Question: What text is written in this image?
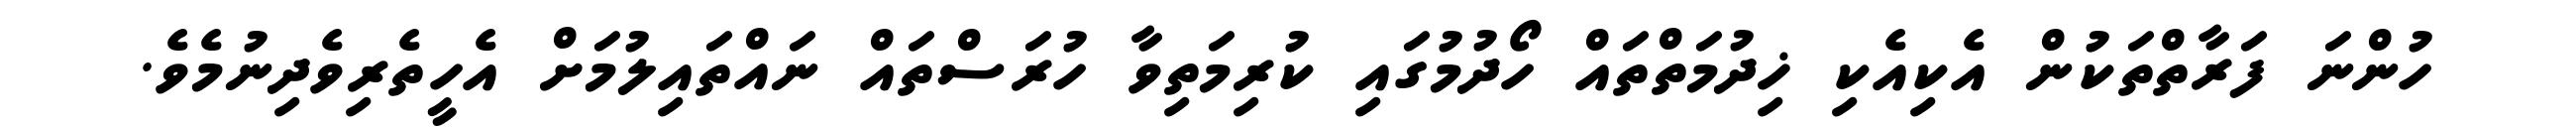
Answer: ހުންނަ ފަރާތްތަކުން އެކިއެކި ޚިދުމަތްތައް ހޯދުމުގައި ކުރިމަތިވާ ހުރަސްތައް ނައްތައިލުމަށް އެހީތެރިވެދިނުމެވެ.